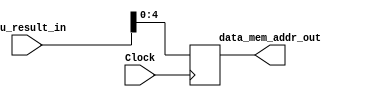
`timescale 1ns / 1ps
//////////////////////////////////////////////////////////////////////////////////
// Company: 
// Engineer: 
// 
// Design Name: 
// Module Name: Data_mem_addr
// Project Name: 
// Target Devices: 
// Tool Versions: 
// Description: 
// 
// Dependencies: 
// 
// Revision:
// Revision 0.01 - File Created
// Additional Comments:
// 
//////////////////////////////////////////////////////////////////////////////////


module Data_mem_addr(
    input [31:0] alu_result_in,
    input        Clock,
    
    output reg [4:0] data_mem_addr_out
    );
    
always @ (posedge Clock) begin
    data_mem_addr_out <= alu_result_in[4:0];
end 
endmodule